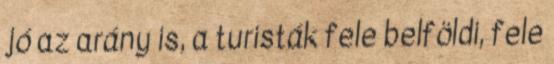
jó az arány is, a turisták fele belföldi, fele